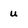
Character: u